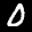
Label: 0